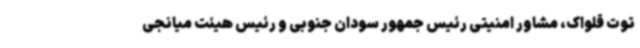
توت قلواک، مشاور امنیتی رئیس جمهور سودان جنوبی و رئیس هیئت میانجی